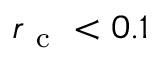
r _ { \mathrm { ~ c ~ } } < 0 . 1